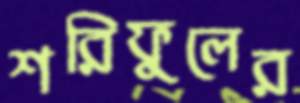
শরিফুলের